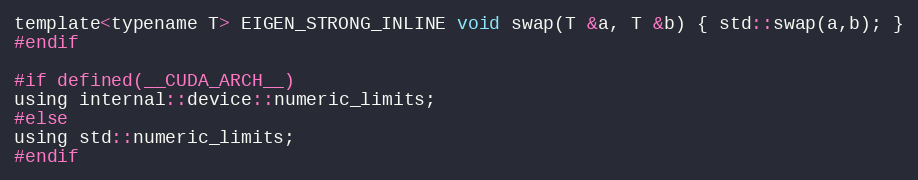
Language: C
template<typename T> EIGEN_STRONG_INLINE void swap(T &a, T &b) { std::swap(a,b); }
#endif

#if defined(__CUDA_ARCH__)
using internal::device::numeric_limits;
#else
using std::numeric_limits;
#endif